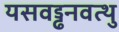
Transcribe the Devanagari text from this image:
यसवड्ढनवत्थु